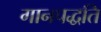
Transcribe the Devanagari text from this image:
गानपद्धति